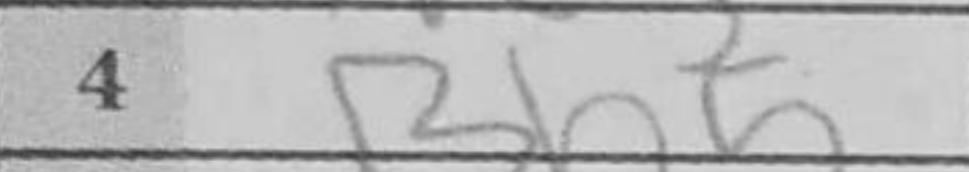
Transcription: Bb5